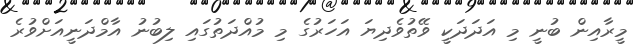
މީރާއިން ބުނީ މި އަދަދަކީ ވޭތުވެދިޔަ އަހަރުގެ މި މުއްދަތުގައި ލިބުނު އާމްދަނީއަށްވުރެ